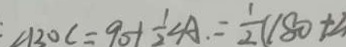
\angle B O C = 9 0 + \frac { 1 } { 2 } \angle A = \frac { 1 } { 2 } ( 1 8 0 + 2